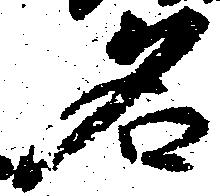
名